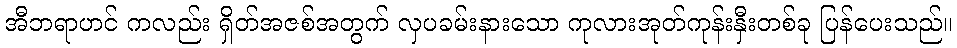
အီဘရာဟင် ကလည်း ရှိတ်အဇစ်အတွက် လှပခမ်းနားသော ကုလားအုတ်ကုန်းနှီးတစ်ခု ပြန်ပေးသည်။